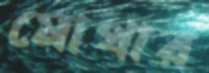
মোথার